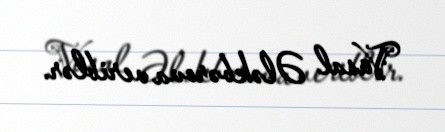
Vüsal Ələkbərova veriblər.